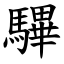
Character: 驆